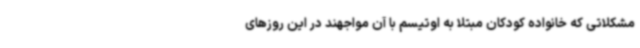
مشکلاتی که خانواده کودکان مبتلا به اوتیسم با آن مواجهند در این روزهای